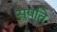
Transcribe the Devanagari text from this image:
सुपति